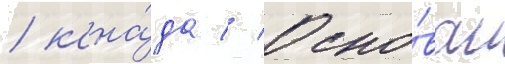
/ кана́да // Осно́ван